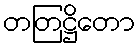
တတြဋ္ဌိတော